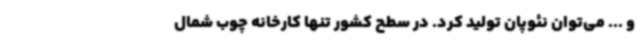
و ... می‌توان نئوپان تولید کرد. در سطح کشور تنها کارخانه چوب شمال